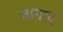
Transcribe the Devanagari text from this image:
आमाद